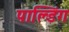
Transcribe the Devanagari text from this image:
पाल्डिंग